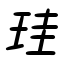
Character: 珪